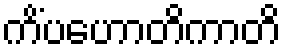
ကိံပဟောတိကာတိ